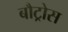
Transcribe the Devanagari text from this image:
बौट्रोस